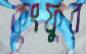
কুংফুর